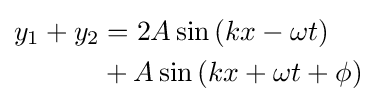
{\begin{aligned}y_{1}+y_{2}&=2A\sin \left(kx-\omega t\right)\\&+A\sin \left(kx+\omega t+\phi \right)\end{aligned}}\,\!